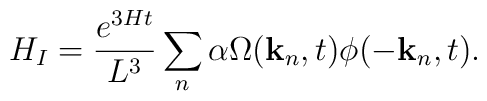
H_I=\frac{e^{3Ht}}{L^3} \sum_n \alpha\Omega({\bf k}_n,t) \phi(-{\bf k}_n,t).